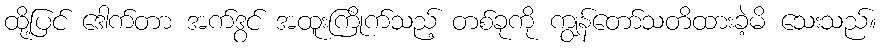
ထို့ပြင် ဒေါက်တာ အက်ဒွင် အထူးကြိုက်သည့် တစ်ခုကို ကျွန်တော်သတိထားခဲ့မိ သေးသည်။